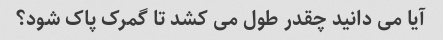
آیا می دانید چقدر طول می کشد تا گمرک پاک شود؟